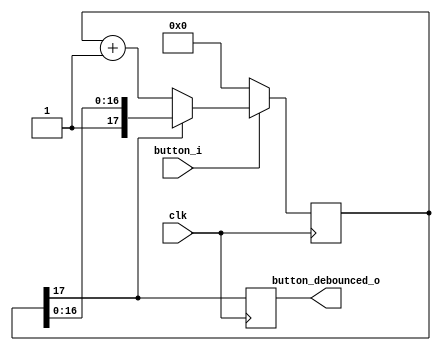
`timescale 1ns / 1ps
//////////////////////////////////////////////////////////////////////////////////
// Company: 
// Engineer: 
// 
// Design Name: 
// Module Name:    Debouncer 
// Project Name: 
// Target Devices: 
// Tool versions: 
// Description: 
//
// Dependencies: 
//
// Revision: 
// Revision 0.01 - File Created
// Additional Comments: 
//
//////////////////////////////////////////////////////////////////////////////////
module Debouncer(
  input  clk,
  input  button_i,
  output reg button_debounced_o
  );

parameter MIN_DELAY = 50; // minimum number of cycles to count
parameter W_COUNTER = 17;
reg [W_COUNTER:0] counter; // one bit wider than min_delay

//assign button_debounced_o = counter[W_COUNTER];

always @(posedge clk) begin
  if (!button_i) begin
    // if button sensor is showing 'off' state, reset the counter
    counter <= 0;
  end 
  
  else if (!counter[W_COUNTER]) begin
    counter <= counter + 1'b1;
  end
  
  button_debounced_o <= counter[W_COUNTER];
end

endmodule

/*
module debounce(
  input  clk,
  input  button_i,
  output reg button_debounced_o
  );

parameter MIN_DELAY = 50; // minimum number of cycles to count
parameter W_COUNTER = 17;
reg [W_COUNTER:0] counter; // one bit wider than min_delay

//assign button_debounced_o = counter[W_COUNTER];

always @(posedge clk) begin
  if (!button_i) begin
    // if button sensor is showing 'off' state, reset the counter
    counter <= 0;
  end else if (!counter[W_COUNTER]) begin
    counter <= counter + 1'b1;
  end
  
  if (counter[W_COUNTER] == 1) button_debounced_o <= 1;
  else button_debounced_o <= 0;
end

endmodule
*/